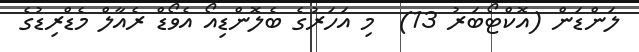
ލަންޑަން (އޮކްޓޯބަރު 13)  މި އަހަރުގެ ބެލޮންޑިއޯ އެވޯޑް ރެއާލް މެޑްރިޑުގެ